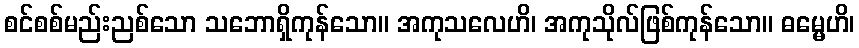
စင်စစ်မည်းညစ်သော သဘောရှိကုန်သော။ အကုသလေဟိ၊ အကုသိုလ်ဖြစ်ကုန်သော။ ဓမ္မေဟိ၊